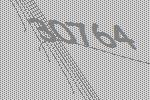
30764